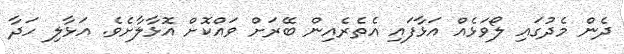
ދެން މެދުގައި ލޯވަޅެއް އަޅާފައި އެތެރެއިން ބޭރަށް ވައްކޮށް އޮޅާލާށެވެ. އަޅާލި ހަދާ